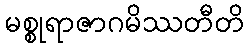
မစ္စုရာဇာဂမိဿတီတိ